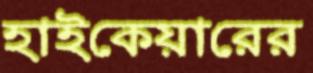
হাইকেয়ারের